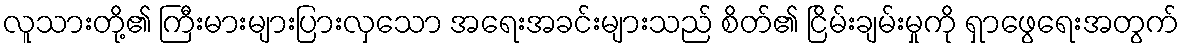
လူသားတို့၏ ကြီးမားများပြားလှသော အရေးအခင်းများသည် စိတ်၏ ငြိမ်းချမ်းမှုကို ရှာဖွေရေးအတွက်